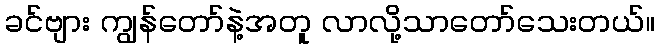
ခင်ဗျား ကျွန်တော်နဲ့အတူ လာလို့သာတော်သေးတယ်။